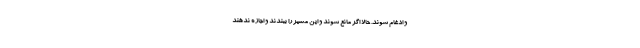
و ادغام شوند. حالا اگر مانع شوند و این مسیر را ببندند و اجازه ندهند